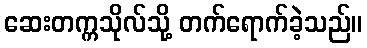
ဆေးတက္ကသိုလ်သို့ တက်ရောက်ခဲ့သည်။